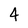
Character: 4